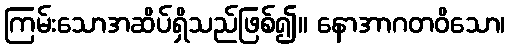
ကြမ်းသောအဆိပ်ရှိသည်ဖြစ်၍။ နောအာဂတဝိသော၊